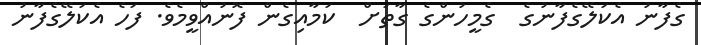
ގެފާނު އެކަލޭގެފާނުގެ  ގެމީހުންގެ ގާތަށް  ކަމާއިގެން ފޮނުއްވީމެވެ. ފަހެ އެކަލޭގެފާނު